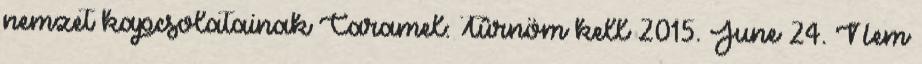
nemzet kapcsolatainak Caramel: Tûrnöm kell 2015. June 24. Nem